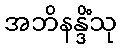
အဘိနန္ဒိံသု